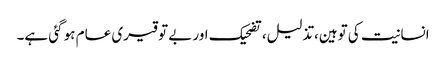
انسانیت کی توہین،تذلیل، تضحیک اور بے توقیری عام ہو گئی ہے۔